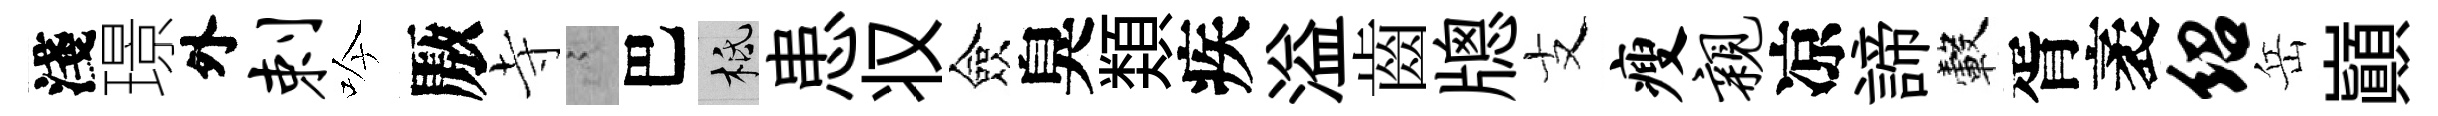
淺璟外剌吟厫寺謭巴柢患𠬧僉臭𩔖疾溢齒牕支瘦亲凉諦轂胥袤绍岳巔